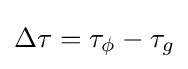
\Delta \tau =\tau _{\phi }-\tau _{g}